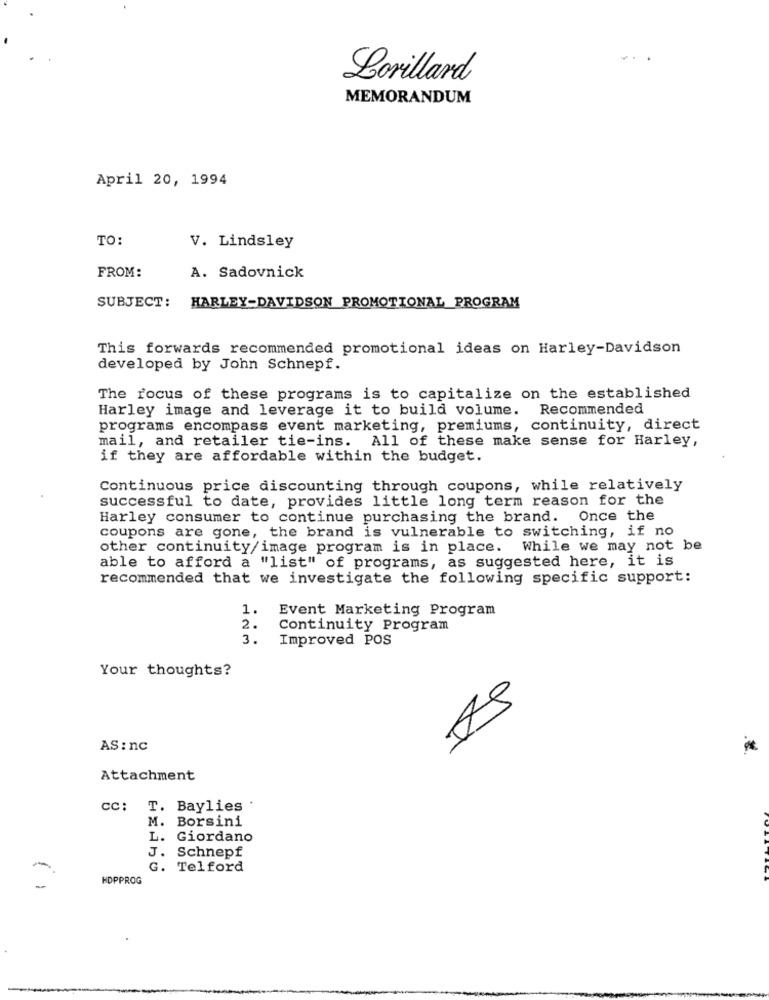
...
Lorillard
MEMORANDUM
April 20, 1994
TO:
V. Lindsley
FROM:
A. Sadovnick
SUBJECT: HARLEY-DAVIDSON PROMOTIONAL PROGRAM
This forwards recommended promotional ideas on Harley-Davidson
developed by John Schnepf.
The focus of these programs is to capitalize on the established
Harley image and leverage it to build volume. Recommended
programs encompass event marketing, premiums, continuity, direct
mail, and retailer tie-ins. All of these make sense for Harley,
if they are affordable within the budget.
Continuous price discounting through coupons, while relatively
successful to date, provides little long term reason for the
Harley consumer to continue purchasing the brand. Once the
coupons are gone, the brand is vulnerable to switching, if no
other continuity/image program is in place. While we may not be
able to afford a "list" of programs, as suggested here, it is
recommended that we investigate the following specific support:
1.
Event Marketing Program
2.
Continuity Program
3.
Improved POS
Your thoughts?
AS : nc
Attachment
cc: T. Baylies .
M. Borsini
L. Giordano
J.
Schnepf
G. Telford
HDPPROG